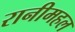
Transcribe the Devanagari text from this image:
रानीमहल